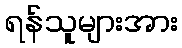
ရန်သူများအား